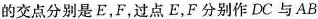
的交点分别是E，F，过点E，F分别作DC与AB